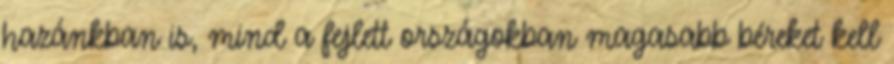
hazánkban is, mind a fejlett országokban magasabb béreket kell